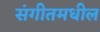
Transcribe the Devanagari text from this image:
संगीतमधील